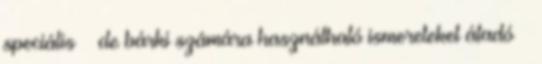
speciális – de bárki számára használható ismereteket átadó –